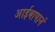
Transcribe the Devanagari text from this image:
आईबापानं